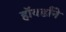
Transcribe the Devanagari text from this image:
हॉवर्डांने